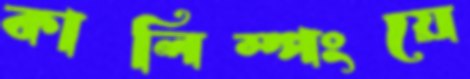
কালিম্পংয়ে